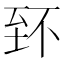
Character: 𦤹